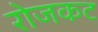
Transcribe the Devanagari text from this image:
रोजकट